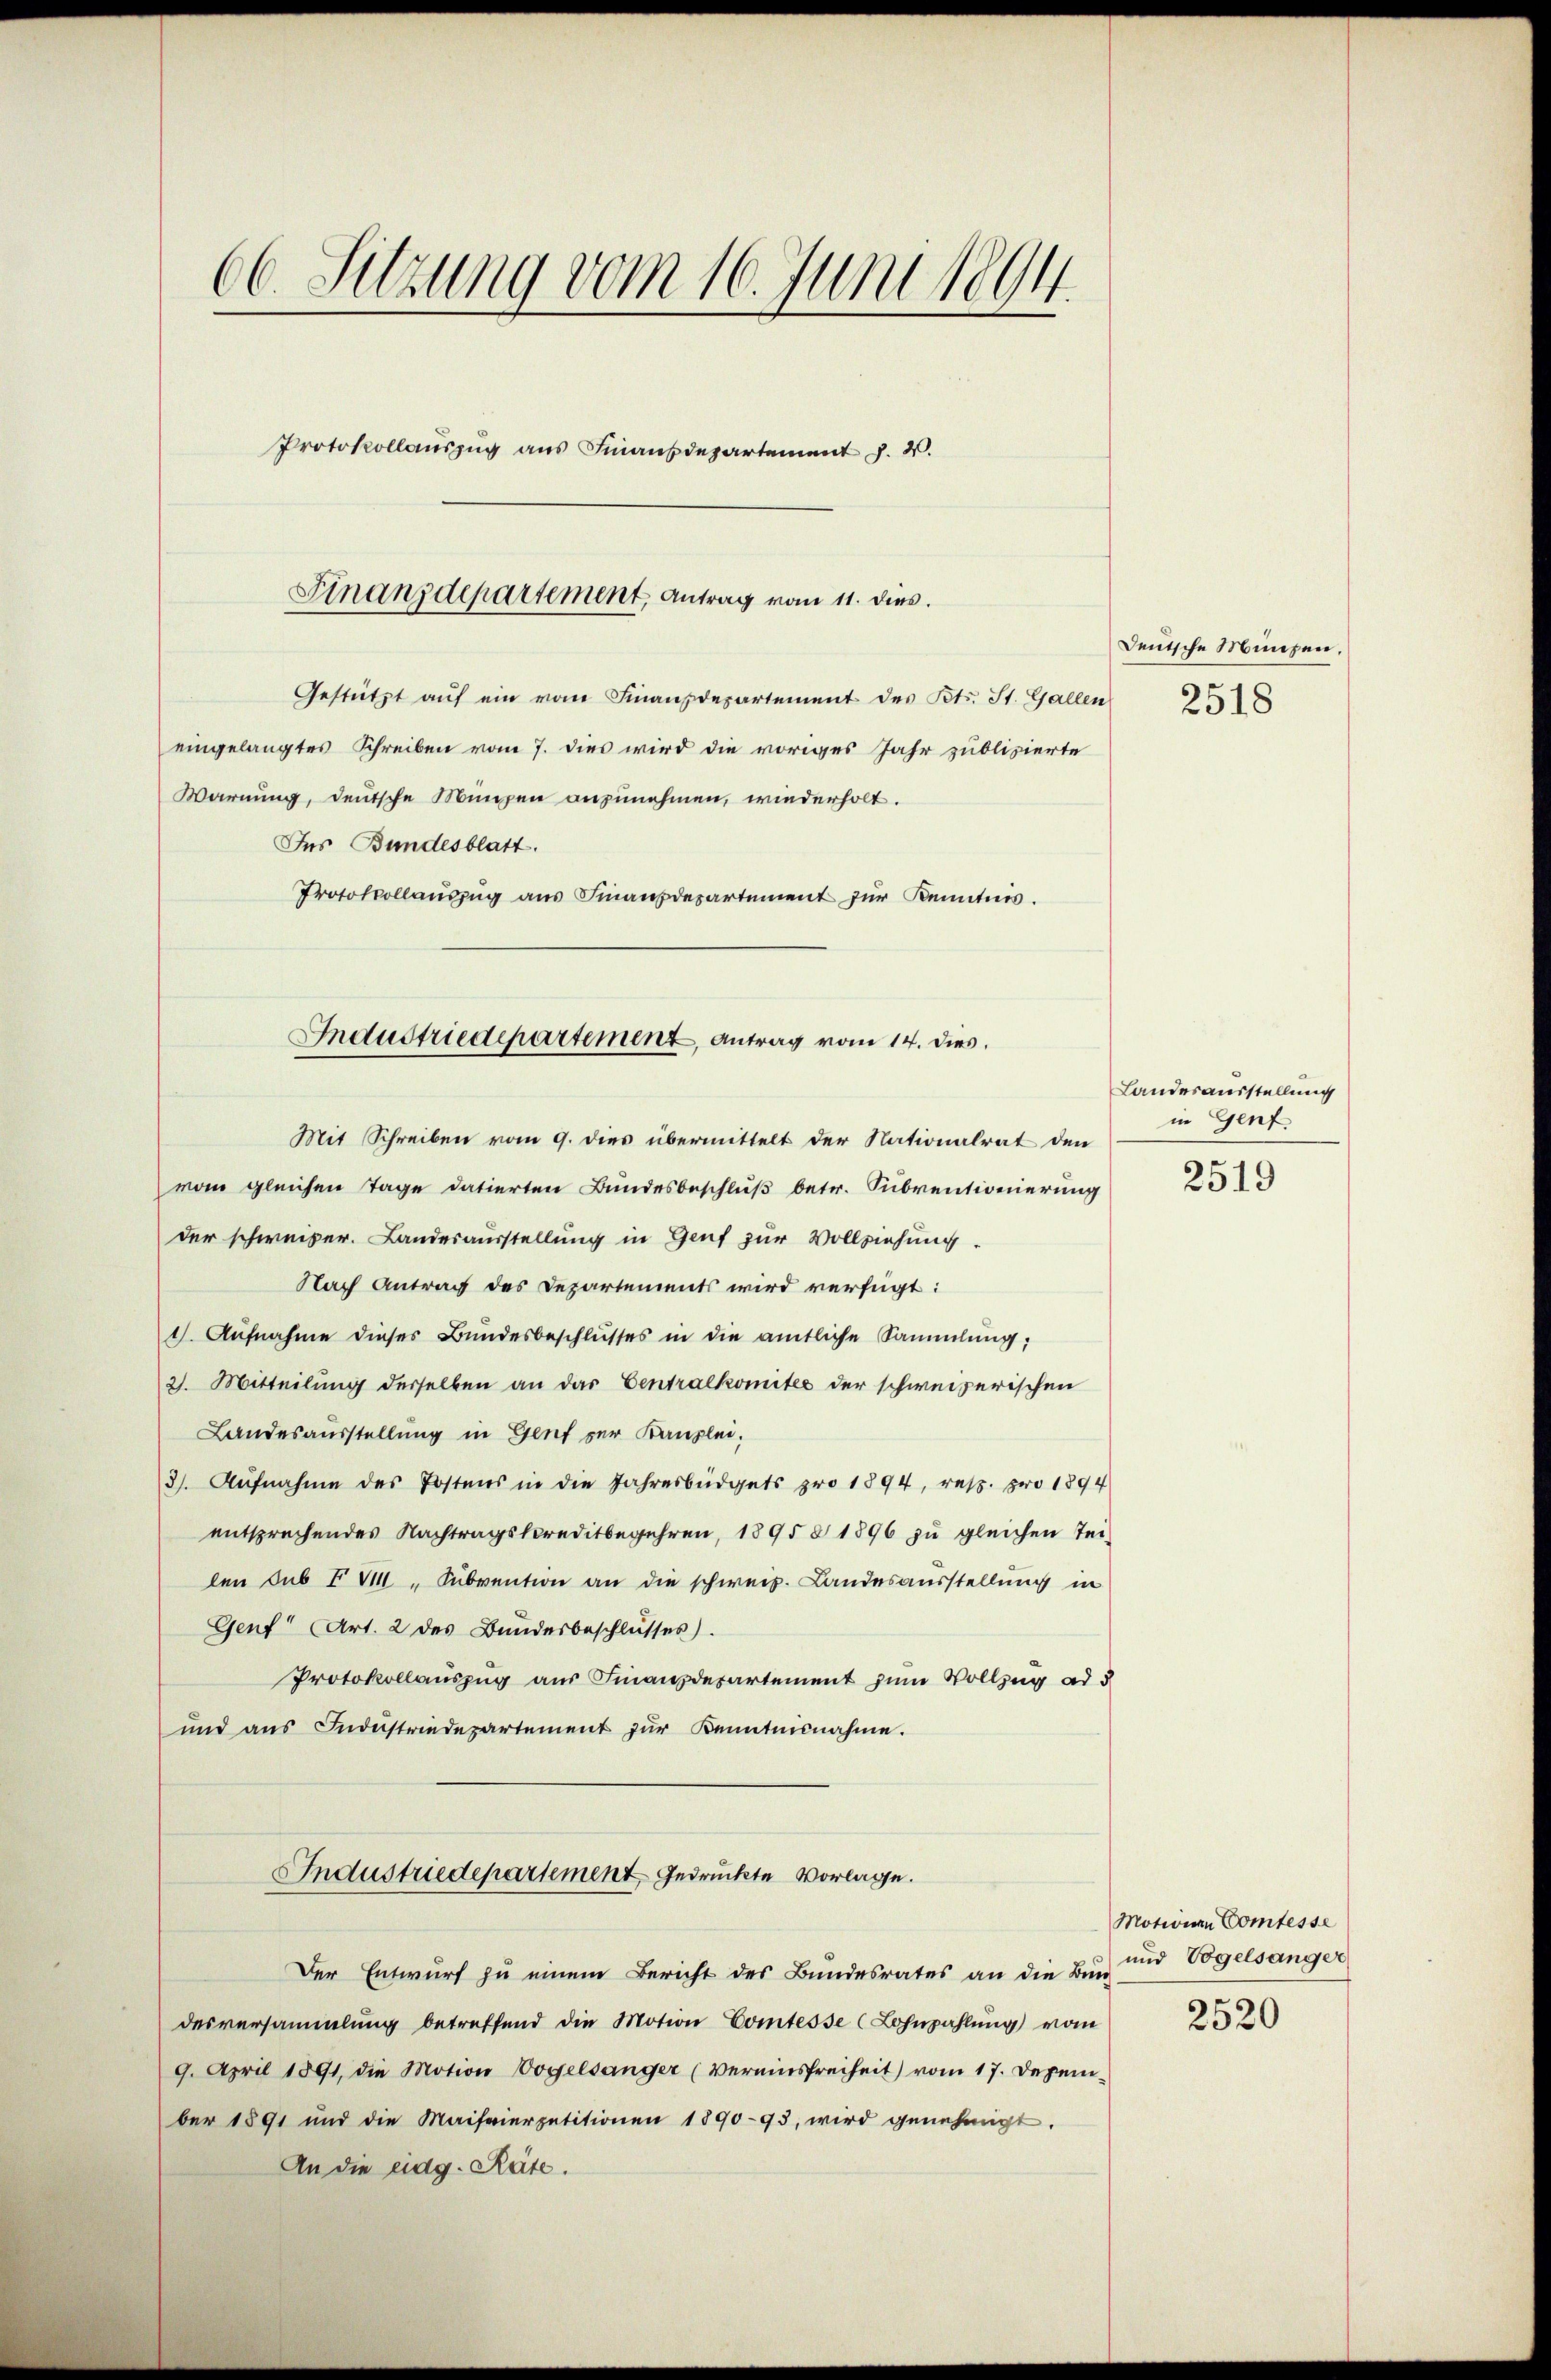
66. Sitzung vom 16. Juni 1894
Protokollauszug aus Finanzdepartement J. V.

Finanzdepartement, Antrag vom 11. dies

Gestützt aŭf ein vom Finanzdepartement des Bts. St. Gallen
eingelangtes Schreiben vom 7. dies wird die voriges Jahr publizierte
Warnung, deutsche Münzen anzunehmen, wiederholt.
Ins Bundesblatt.
Protokollauszug aus Finanzdepartement zur Kenntnis.

Industriedepartement, Antrag vom 14. dies.

Mit Schreiben vom 9. dies übermittelt der Nationalrat den
vom gleichen Tage datierten Bundesbeschluß betr. Subventionierung
der schweizer. Landesausstellung in Genf zur Vollziehung
Nach Antrag des Departements wird verfügt:
1. Aufnahme dieses Bundesbeschlusses in die amtliche Sammlung;
2. Mitteilung derselben an das Centralkomités der schweizerischen
Landesausstellung in Genf per Kanzlei.
3. Aŭfnahme des Postens in die Jahresbüdgets pro 1894, resp. pro 1894
entsprechendes Nachtragskreditbegehren, 1895 § 1896 zu gleichen Tei-
len sub XV, Subvention an die schweiz. Landesausstellung in
Gent“ (Art. 2 des Bundesbeschlusses).
Protokollauszug aus Finanzdepartement zum Vollzug ad 5
und aŭs Industriedepartement für Kenntnisnahme.
Industriedepartement gedruckte Vorlage.
Der Entwurf zu einem Bericht des Bundesrates an die Bun-
desversammlung betreffend die Motion Comtesse (Lohnzahlung vom
9. April 1891, die Motion Vogelsanger (Vereinsfreiheit) vom 17. Dezember 1891 und die Maifeierpetitionen 1890-93, wird genehmigt.
An die eidg. Räte.

Deutsche Münzen,
2518

Landesausstellung
in Genf

2519

Motionen Comtesse
und Vogelsanger

2520